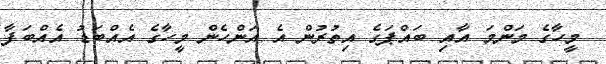
މީހާގެ މަންމަ އާއި ބައްޕަގެ އިތުރުން އެ އަންހެން މީހާގެ އެއްބަޑު އެއްބަފާ